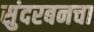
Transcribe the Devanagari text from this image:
सुंदरबनचा